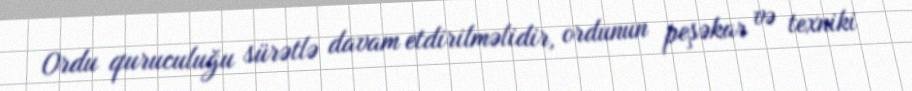
Ordu quruculuğu sürətlə davam etdirilməlidir, ordunun peşəkar və texniki